Annual report on the Civil Veterinary Department, Burma (including the Insein Veterinary School) - 1923-1931
Year: 1923
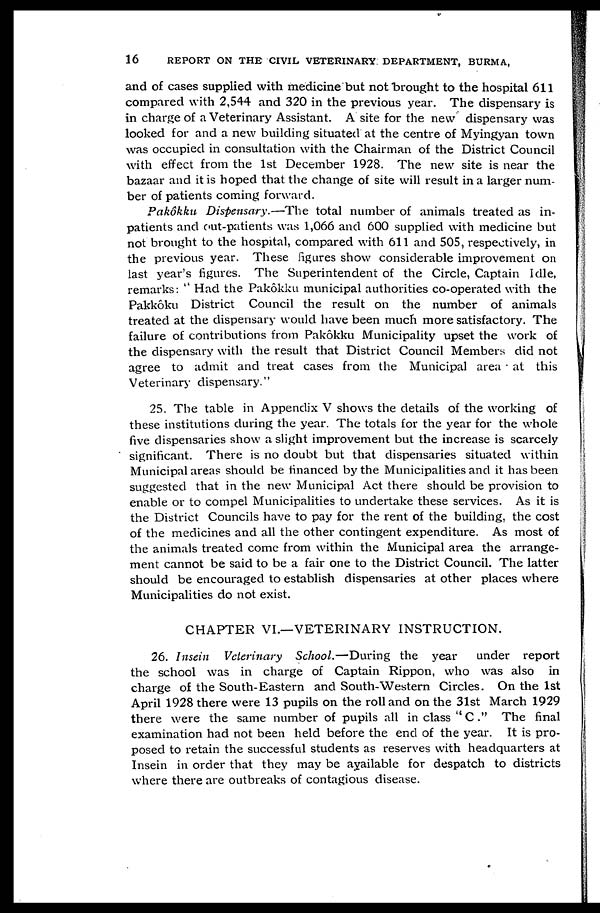
16
REPORT ON THE CIVIL VETERINARY DEPARTMENT, BURMA,
and of cases supplied with medicine but not brought to the hospital 611
compared with 2,544 and 320 in the previous year. The dispensary is
in charge of a Veterinary Assistant. A site for the new dispensary was
looked for and a new building situated at the centre of Myingyan town
was occupied in consultation with the Chairman of the District Council
with effect from the 1st December 1928. The new site is near the
bazaar and it is hoped that the change of site will result in a larger num-
ber of patients coming forward.
Pakôkku. Dispensary.—The total number of animals treated as in-
patients and out-patients was 1,066 and 600 supplied with medicine but
not brought to the hospital, compared with 611 and 505, respectively, in
the previous year. These figures show considerable improvement on
last year's figures. The Superintendent of the Circle, Captain Idle,
remarks: " Had the Pakôkku municipal authorities co-operated with the
Pakkôku District Council the result on the number of animals
treated at the dispensary would have been much more satisfactory. The
failure of contributions from Pakôkku Municipality upset the work of
the dispensary with the result that District Council Members did not
agree to admit and treat cases from the Municipal area at this
Veterinary dispensary."
25. The table in Appendix V shows the details of the working of
these institutions during the year. The totals for the year for the whole
five dispensaries show a slight improvement but the increase is scarcely
significant. There is no doubt but that dispensaries situated within
Municipal areas should be financed by the Municipalities and it has been
suggested that in the new Municipal Act there should be provision to
enable or to compel Municipalities to undertake these services. As it is
the District Councils have to pay for the rent of the building, the cost
of the medicines and all the other contingent expenditure. As most of
the animals treated come from within the Municipal area the arrange-
ment cannot be said to be a fair one to the District Council. The latter
should be encouraged to establish dispensaries at other places where
Municipalities do not exist.
CHAPTER VI.—VETERINARY INSTRUCTION.
26. Insein Veterinary School.—During the year
under report
the school was in charge of Captain Rippon, who was also in
charge of the South-Eastern and South-Western Circles. On the 1st
April 1928 there were 13 pupils on the roll and on the 31st March 1929
there were the same number of pupils all in class "C." The final
examination had not been held before the end of the year. It is pro-
posed to retain the successful students as reserves with headquarters at
Insein in order that they may be available for despatch to districts
where there are outbreaks of contagious disease.